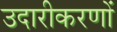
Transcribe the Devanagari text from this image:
उदारीकरणों